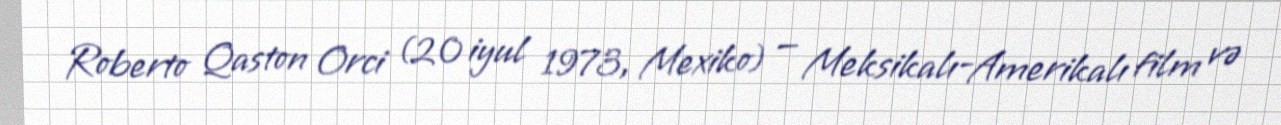
Roberto Qaston Orci (20 iyul 1973, Mexiko) — Meksikalı-Amerikalı film və